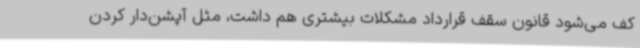
کف می‌شود قانون سقف قرارداد مشکلات بیشتری هم داشت، مثل آپشن‌دار کردن